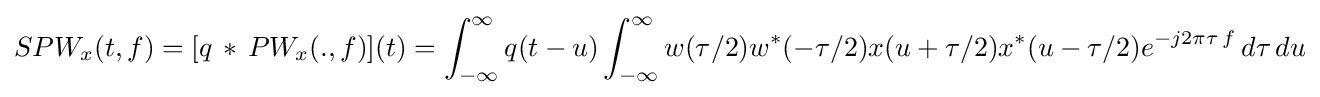
SPW_{x}(t,f)=[q\,\ast \,PW_{x}(.,f)](t)=\int _{-\infty }^{\infty }q(t-u)\int _{-\infty }^{\infty }w(\tau /2)w^{*}(-\tau /2)x(u+\tau /2)x^{*}(u-\tau /2)e^{-j2\pi \tau \,f}\,d\tau \,du